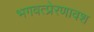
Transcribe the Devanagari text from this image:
भगवत्प्रेरणावश